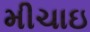
મીચાઇ